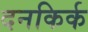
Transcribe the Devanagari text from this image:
दनकिर्क